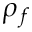
\rho _ { f }